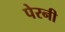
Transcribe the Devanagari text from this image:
पेरनी